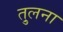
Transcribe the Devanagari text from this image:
तु्लना